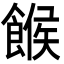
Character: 餱